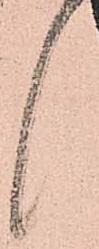
候